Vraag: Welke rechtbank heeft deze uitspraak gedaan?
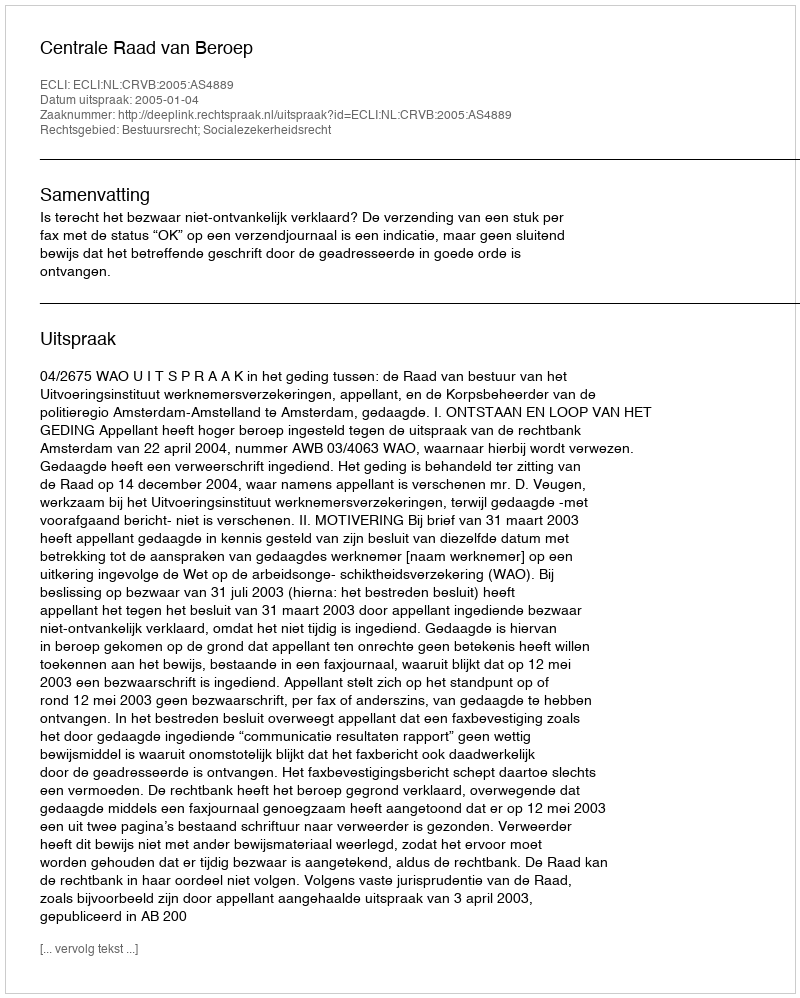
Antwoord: Centrale Raad van Beroep